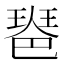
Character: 𤧲